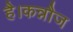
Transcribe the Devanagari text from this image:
है।कन्नौज